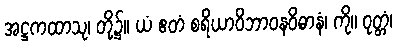
အဋ္ဌကထာသု၊ တို့၌။ ယံ ဧတံ စရိယာဝိဘာဝနဝိဓာနံ၊ ကို။ ဝုတ္တံ၊